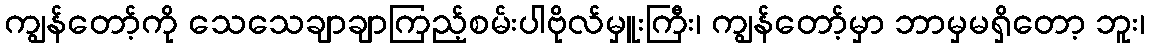
ကျွန်တော့်ကို သေသေချာချာကြည့်စမ်းပါဗိုလ်မှူးကြီး၊ ကျွန်တော့်မှာ ဘာမှမရှိတော့ ဘူး၊